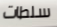
سلطات